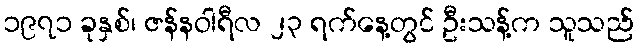
၁၉၇၁ ခုနှစ်၊ ဇန်နဝါရီလ ၂၃ ရက်နေ့တွင် ဦးသန့်က သူသည်